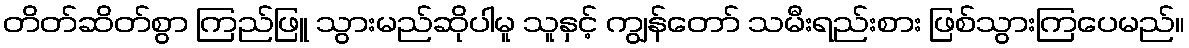
တိတ်ဆိတ်စွာ ကြည်ဖြူ သွားမည်ဆိုပါမူ သူနှင့် ကျွန်တော် သမီးရည်းစား ဖြစ်သွားကြပေမည်။